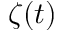
\zeta ( t )